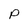
Character: P